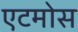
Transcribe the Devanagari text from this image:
एटमोस